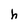
Character: h